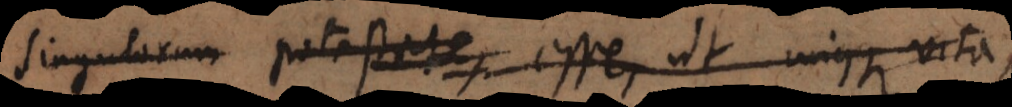
singulorum potestate esse, ut cujusque vita,